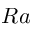
R a